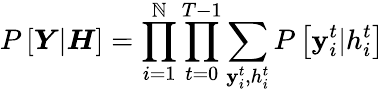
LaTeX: P\left[\boldsymbol{Y}|\boldsymbol{H}\right]=\prod_{i=1}^{\mathbb{N}}\prod_{t=0}^{T-1}\sum_{\mathbf{y}_{i}^{t},h_{i}^{t}}P\left[\mathbf{y}_{i}^{t}|h_{i}^{t}\right]